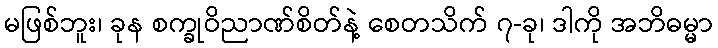
မဖြစ်ဘူး၊ ခုန စက္ခုဝိညာဏ်စိတ်နဲ့ စေတသိက် ၇-ခု၊ ဒါကို အဘိဓမ္မာ